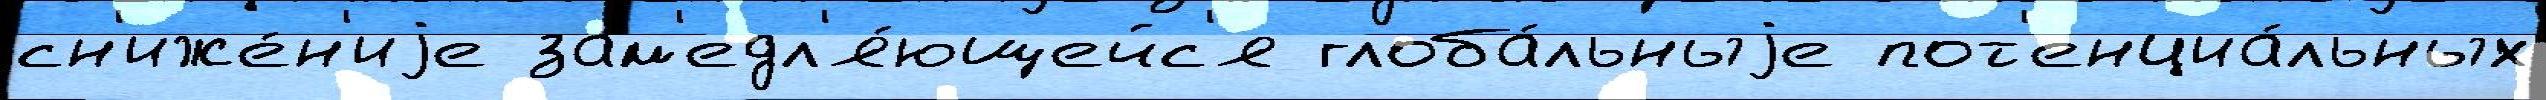
сн'иже́н'иjе зам'едл'я́ющейс'я глоба́льныjе пот'енциа́льных